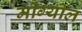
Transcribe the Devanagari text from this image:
मोंग्योल